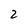
Character: 2